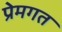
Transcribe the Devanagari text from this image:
प्रेमगत